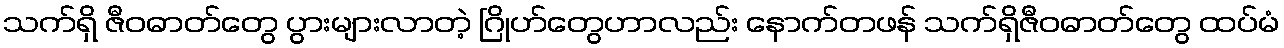
သက်ရှိ ဇီဝဓာတ်တွေ ပွားများလာတဲ့ ဂြိုဟ်တွေဟာလည်း နောက်တဖန် သက်ရှိဇီဝဓာတ်တွေ ထပ်မံ